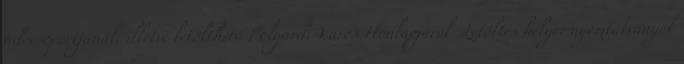
adócsoportjánál, illetve letölthető Polgárdi Város Honlapjáról. Letöltés helye: nyomtatvanyok